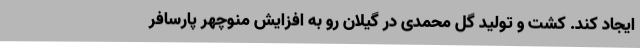
ایجاد کند. کشت و تولید گل محمدی در گیلان رو به افزایش منوچهر پارسافر